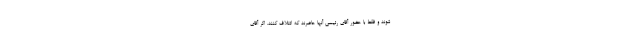
شوند و فقط با حضور آقای رئیسی آنها حاضرند که ائتلاف کنند. اگر آقای